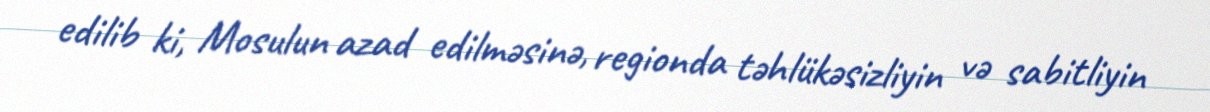
edilib ki, Mosulun azad edilməsinə, regionda təhlükəsizliyin və sabitliyin